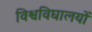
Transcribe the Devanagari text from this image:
विश्वविघालयों